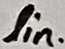
Text: lin.